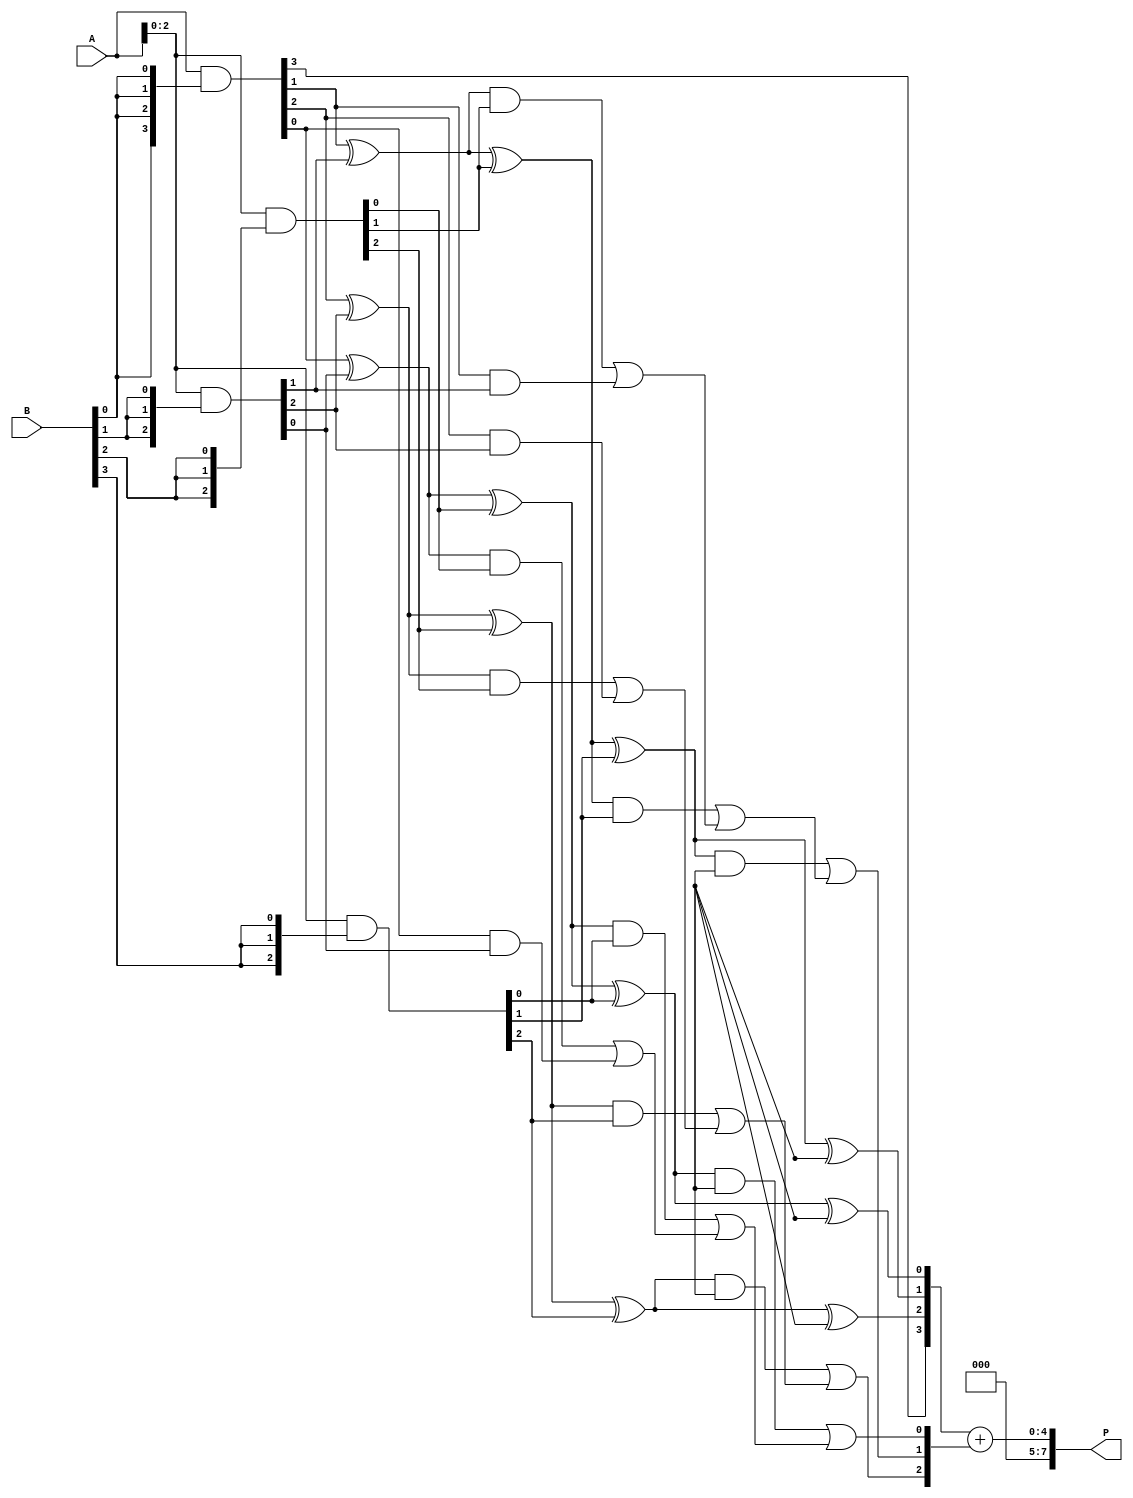
module WallaceTreeMultiplier #(parameter n = 4) (
    input  [n-1:0] A,
    input  [n-1:0] B,
    output reg [2*n-1:0] P
);

    // Generate partial products
    wire [n-1:0] pp [0:n-1]; // Partial products
    genvar i, j;
    generate
        for (i = 0; i < n; i = i + 1) begin : partial_products
            assign pp[i] = A & {n{B[i]}};
        end
    endgenerate

    // Carry-save adder for Wallace tree
    wire [n-1:0] sum [0:n-1];
    wire [n-1:0] carry [0:n-1];

    // Initialize the first level of CSAs
    generate
        for (i = 0; i < n; i = i + 1) begin : CSA_level_1
            if (i < n-1) begin
                assign sum[0][i] = pp[0][i] ^ pp[1][i];
                assign carry[0][i] = pp[0][i] & pp[1][i];
            end else begin
                assign sum[0][i] = pp[0][i];
                assign carry[0][i] = 0;
            end
        end
    endgenerate

    // Wallace tree structure using CSAs
    genvar level;
    for (level = 1; level < n; level = level + 1) begin : CSA_levels
        for (i = 0; i < n; i = i + 1) begin : CSA_level
            if (i < n-1) begin
                assign sum[level][i] = sum[level-1][i] ^ pp[level+1][i];
                assign carry[level][i] = (sum[level-1][i] & pp[level+1][i]) | carry[level-1][i];
            end else begin
                assign sum[level][i] = sum[level-1][i];
                assign carry[level][i] = carry[level-1][i];
            end
        end
    end

    // Final addition stage
    wire [2*n-1:0] final_sum;
    wire [2*n-1:0] final_carry;

    assign final_sum = {carry[n-1][n-1], sum[n-1]} + {1'b0, carry[n-1][n-1:0]};

    always @(*) begin
        P = final_sum;
    end

endmodule